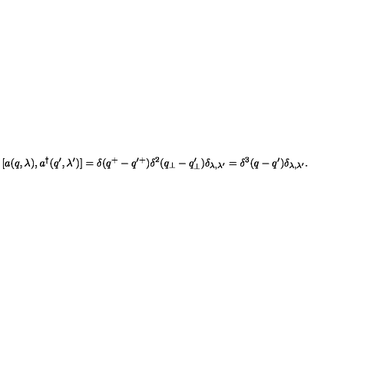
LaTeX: [ a ( q , \lambda ) , a ^ { \dagger } ( q ^ { \prime } , \lambda ^ { \prime } ) ] = \delta ( q ^ { + } - q ^ { \prime + } ) \delta ^ { 2 } ( q _ { \perp } - q _ { \perp } ^ { \prime } ) \delta _ { \lambda , \lambda ^ { \prime } } = \delta ^ { 3 } ( q - q ^ { \prime } ) \delta _ { \lambda , \lambda ^ { \prime } } .